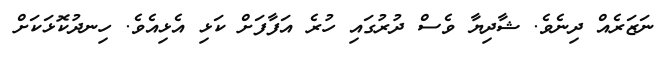
ނަޒަރެއް ދިނެވެ. ޝާދިޔާ ވެސް ދުރުގައި ހުރެ އަފާފަށް ކަޅި އެޅިއެވެ. ހިނދުކޮޅަކަށް